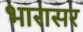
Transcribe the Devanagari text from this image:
भारासर